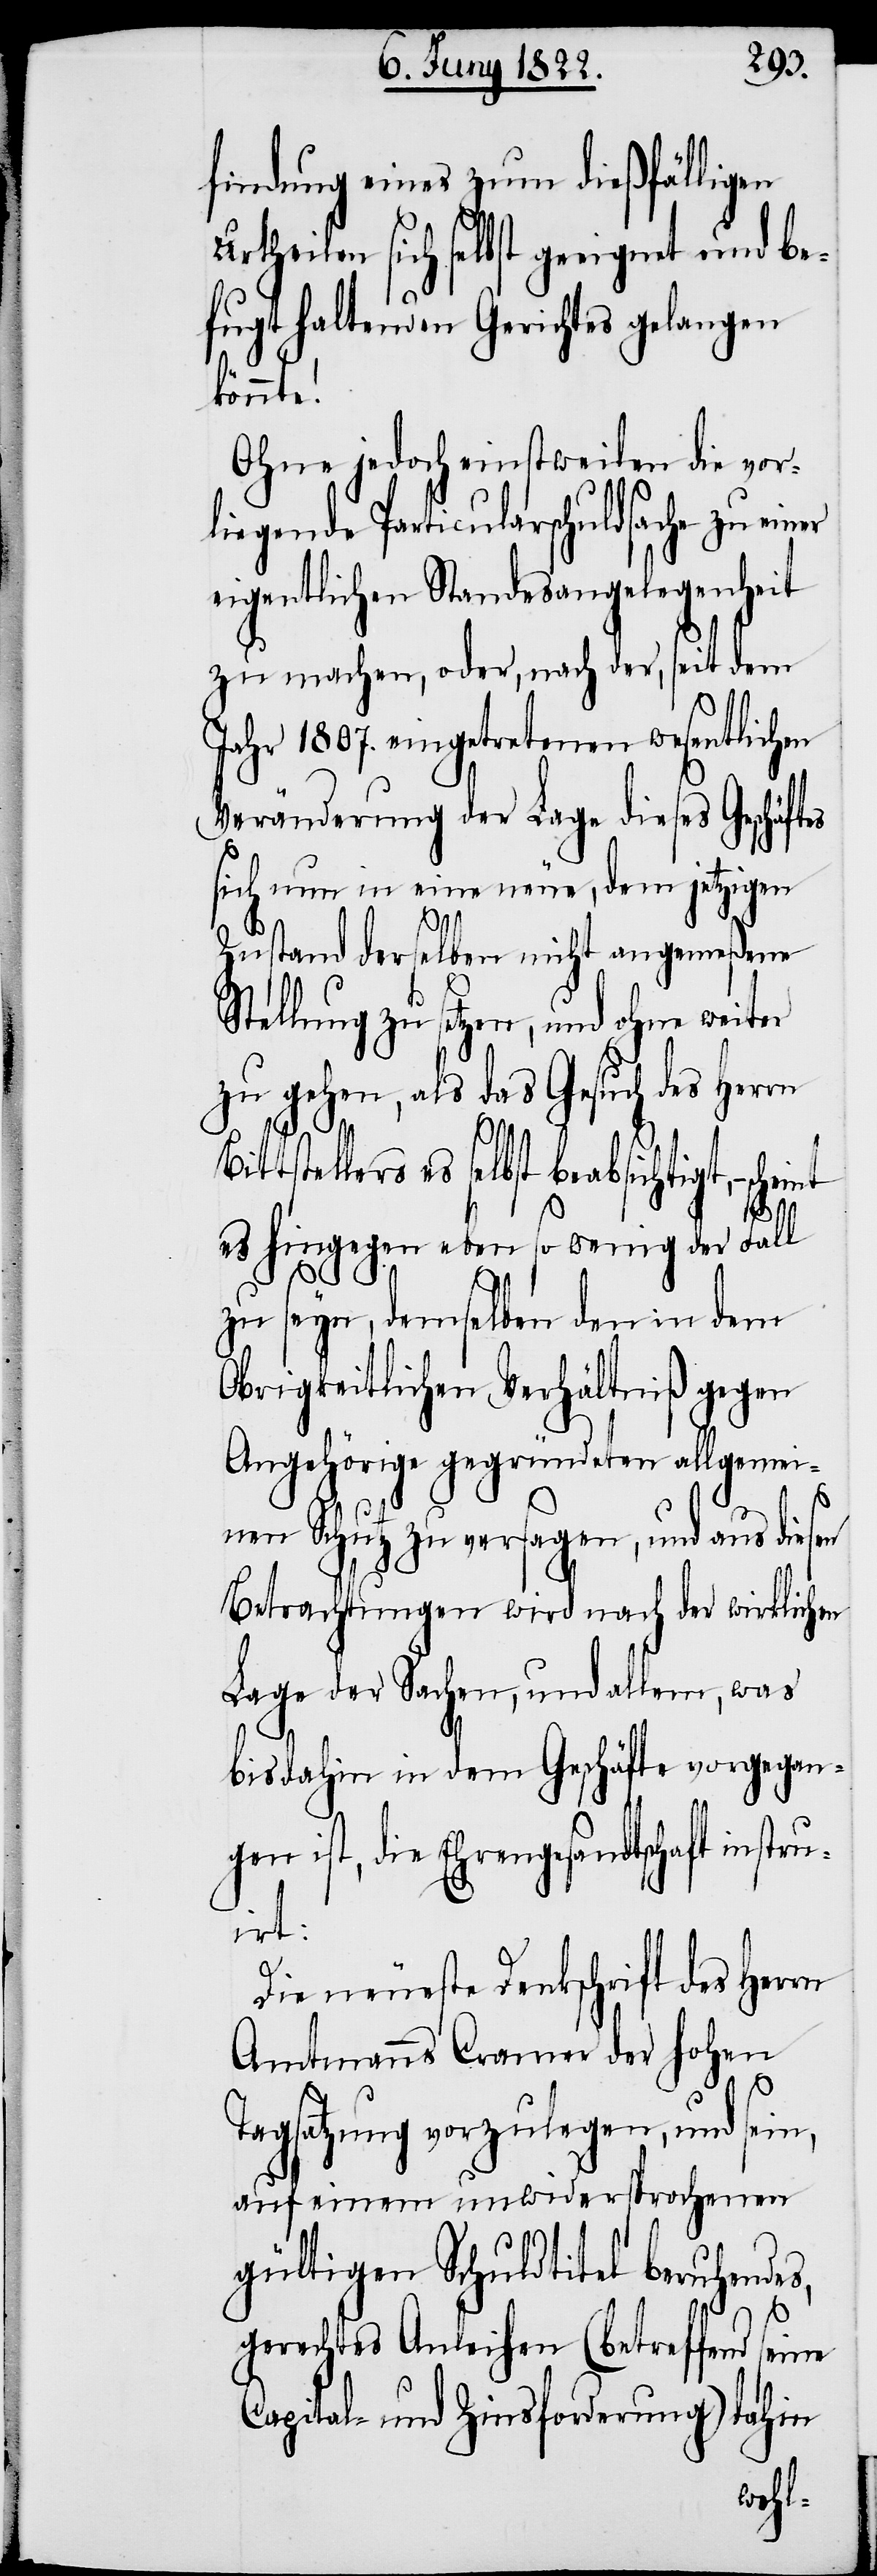
findung eines zum dießfälligen
urtheilen sich selbst geeignet und be¬
fugt haltenden Gerichtes gelangen
könnte!
Ohne jedoch einstweilen die vor¬
liegende Particularschuldsache zu
eigentlichen Standesangelegenheit
zu machen, oder, nach der, seit dem
Jahr 1807. eingetretenen wesentlichen
Veränderung der Lage dieses Geschä¬
sich nun in eine neue, dem jetzigen
ftes
Zustand derselben nicht angemeßene
Stellung zu setzen, und ohne weiter
zu gehen, als das Gesuch des Herrn
Bittstellers es selbst beabsichtigt, – sche¬
es hingegen eben so wenig der Fall
zu seyn, demselben den in dem
Obrigkeitlichen Verhältniß gegen
Angehörige gegründeten allgemei¬
nen Schutz zu versagen, und aus diesen
Betrachtungen wird nach der wirklichen
Lage der Sachen, und allem, was
bisdahin in dem Geschäfte vorgegan¬
gen ist, die Ehrengesandtschaft instr¬
uirt:
Die neueste Denkschrift des Herrn
Amtmann Cramer der hohen
Tagsatzung vorzulegen, und sein,
auf einem unwidersprochenen
gültigen Schuldtitel beruhende¬
s,
gerechtes Anleihen (betreffend seine
Capital- und Zinsforderung) dahin